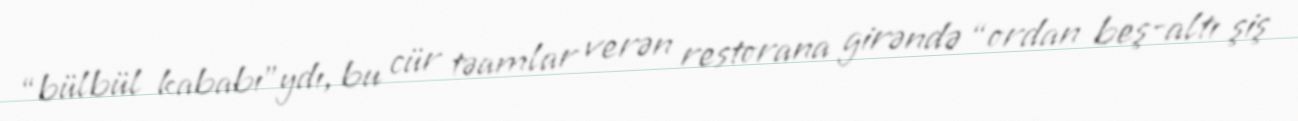
“bülbül kababı”ydı, bu cür təamlar verən restorana girəndə “ordan beş-altı şiş